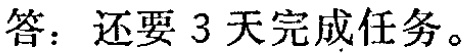
答：还要 3 天完成任务。